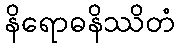
နိရောဓနိဿိတံ